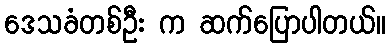
ဒေသခံတစ်ဦး က ဆက်ပြောပါတယ်။